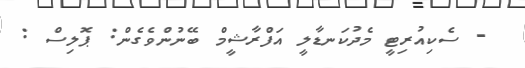
- ސެކިއުރިޓީ މެދުކަނޑާލީ އަފްރާޝީމް ބޭނުންވެގެން: ޕޮލިސް :